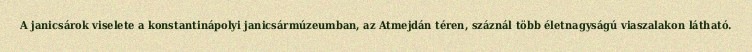
A janicsárok viselete a konstantinápolyi janicsármúzeumban, az Atmejdán téren, száznál több életnagyságú viaszalakon látható.